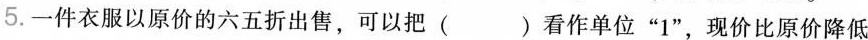
5.一件衣服以原价的六五折出售，可以把( )看作单位”1”，现价比原价降低